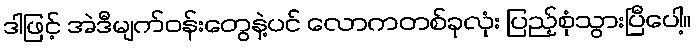
ဒါဖြင့် အဲဒီမျက်ဝန်းတွေနဲ့ပင် လောကတစ်ခုလုံး ပြည့်စုံသွားပြီပေါ့။